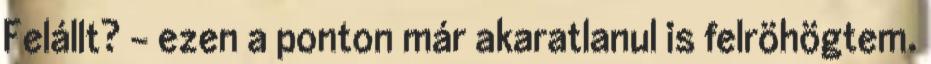
Felállt? - ezen a ponton már akaratlanul is felröhögtem.